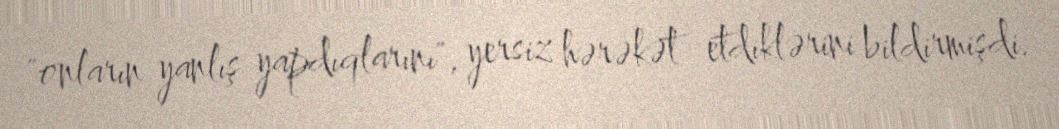
"onların yanlış yapdıqlarını", yersiz hərəkət etdiklərini bildirmişdi.